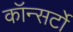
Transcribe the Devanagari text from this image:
कॉन्सर्टो